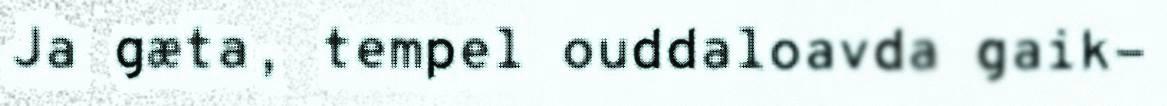
Ja gæta, tempel ouddaloavda gaik-